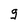
Character: g